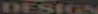
DESIGN